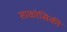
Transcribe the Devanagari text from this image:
साकोसिकी